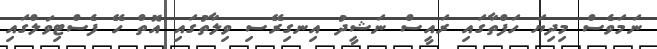
ނަމަވެސް މިދިޔަ ހަފްތާގައި ރައީސް ނަޝީދު އިނގިރޭސި ވިލާތުގައި އޮތް ހޭ ފެސްޓިވަލްގައި